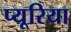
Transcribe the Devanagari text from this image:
प्यूरिया